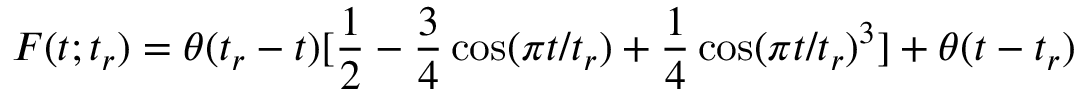
F ( t ; t _ { r } ) = \theta ( t _ { r } - t ) [ \frac { 1 } { 2 } - \frac { 3 } { 4 } \cos ( \pi t / t _ { r } ) + \frac { 1 } { 4 } \cos ( \pi t / t _ { r } ) ^ { 3 } ] + \theta ( t - t _ { r } )